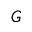
G